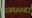
grand